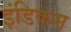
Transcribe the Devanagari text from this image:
इंडिकम